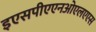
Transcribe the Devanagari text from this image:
इएसपीएएनओएलएएस